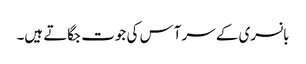
بانسری کے سر آس کی جوت جگاتے ہیں۔